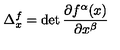
\Delta _ { x } ^ { f } = \det \frac { \partial f ^ { \alpha } ( x ) } { \partial x ^ { \beta } }